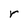
Character: r